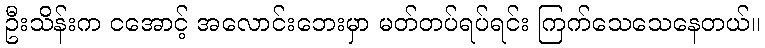
ဦးသိန်းက ငအောင့် အလောင်းဘေးမှာ မတ်တပ်ရပ်ရင်း ကြက်သေသေနေတယ်။